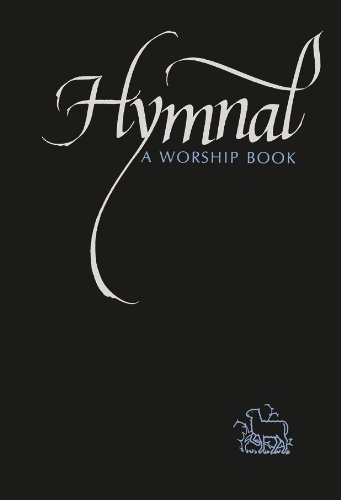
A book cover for Hymnal: A Worship Book; Mennonite Brethren Publishing; Christian Books & Bibles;